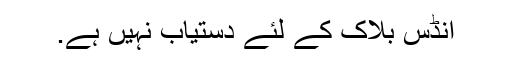
انڈس بلاک کے لئے دستیاب نہیں ہے.